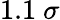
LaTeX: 1.1~\sigma